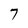
Character: 7